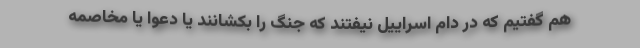
هم گفتیم که در دام اسراییل نیفتند که جنگ را بکشانند یا دعوا یا مخاصمه